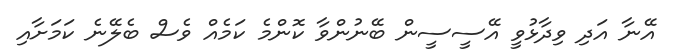
އޭނާ އަދި ވިދާޅުވީ އޭސީސީން ބޭނުންވާ ކޮންމެ ކަމެއް ވެސް ބެލޭނެ ކަމަށާއި